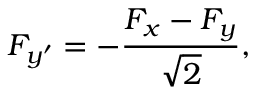
F _ { y ^ { \prime } } = - \frac { F _ { x } - F _ { y } } { \sqrt { 2 } } ,